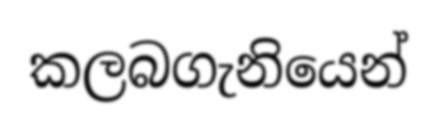
කලබගැනියෙන්